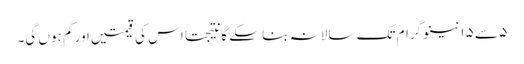
٥ سے ١٥ نینو گرام تک سالانہ بنا سکے گا نتیجتاً اس کی قیمتیں اور کم ہوں گی۔